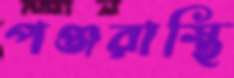
পঞ্জরাস্থি